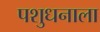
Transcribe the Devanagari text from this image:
पशुधनाला